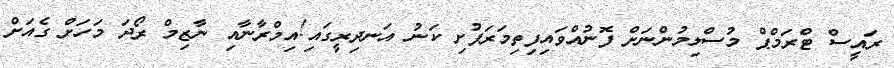
ރައީސް ޓްރަމްޕް މުސްލިމުންނަށް ފޮނުއްވައިފިތިމަރަފުށި ކަނު އަނދިރީގައި!އިމްރާނާއި ނާޒިމް ރޯދަ މަހަށް ގެއަށް